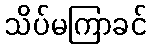
သိပ်မကြာခင်